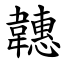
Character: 韢